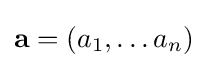
\mathbf {a} =(a_{1},\ldots a_{n})